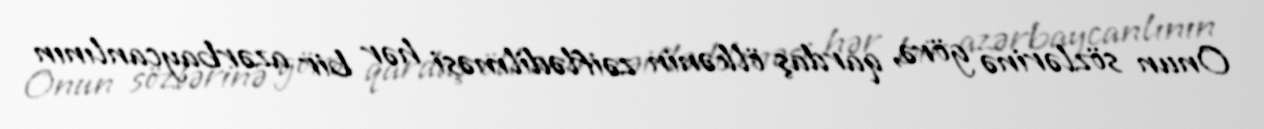
Onun sözlərinə görə, qardaş ölkənin zəiflədilməsi hər bir azərbaycanlının